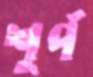
শূর্প